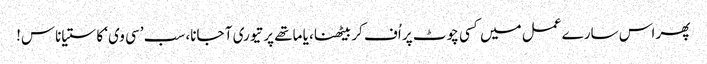
پھر اس سارے عمل میں کسی چوٹ پر اُف کر بیٹھنا، یا ماتھے پر تیوری آ جانا، سب ’سی وی‘ کا ستیاناس!